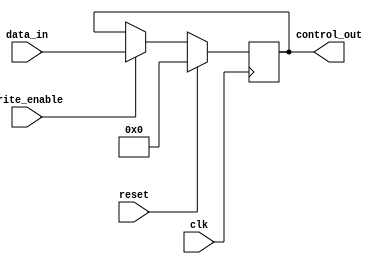
module ControlRegister (
    input wire clk,               // Clock input
    input wire reset,             // Synchronous reset
    input wire write_enable,      // Write enable signal
    input wire [7:0] data_in,     // Data input for the control register
    output reg [7:0] control_out   // Output of the control register
);

// Control Register States
localparam DEFAULT_STATE = 8'b00000000; // Default state of the control register

// Sequential Logic Block
always @(posedge clk) begin
    if (reset) begin
        // If reset is asserted, reset control_out to default state
        control_out <= DEFAULT_STATE;
    end else if (write_enable) begin
        // If write enable is asserted, update control_out with data_in
        control_out <= data_in;
    end
    // If neither reset nor write_enable, control_out retains its current value
end

endmodule